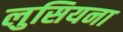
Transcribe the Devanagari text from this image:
लुसियना